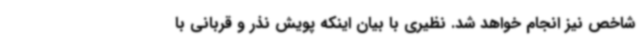
شاخص نیز انجام خواهد شد. نظیری با بیان اینکه پویش نذر و قربانی با